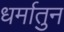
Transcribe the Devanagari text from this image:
धर्मातुन